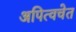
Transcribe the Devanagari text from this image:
अपित्वचेत